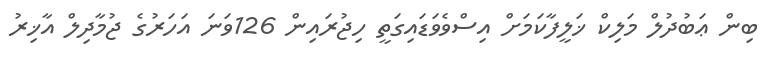
ބިން ޢަބުދުލް މަލިކް ޚަލީފާކަމަށް އިސްވެވަޑައިގަތީ ހިޖުރައިން 126ވަނަ އަހަރުގެ ޖުމާދިލް އާޚިރު